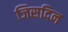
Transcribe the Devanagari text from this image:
जिसदिन